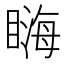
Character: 𥉪